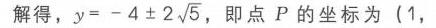
解得，\(y = - 4\pm2\sqrt{5}\)，即点 \(P\) 的坐标为 \((1,\)